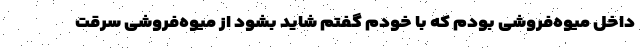
داخل میوه‌فروشی بودم که با خودم گفتم شاید بشود از میوه‌فروشی سرقت